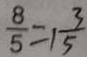
\frac { 8 } { 5 } = 1 \frac { 3 } { 5 }